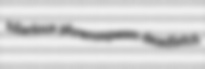
hilarious phrenospasm deadlatch